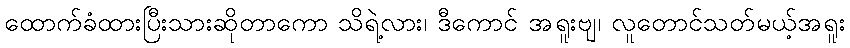
ထောက်ခံထားပြီးသားဆိုတာကော သိရဲ့လား၊ ဒီကောင် အရူးဗျ၊ လူတောင်သတ်မယ့်အရူး